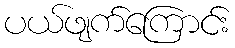
ပယ်ဖျက်ကြောင်း